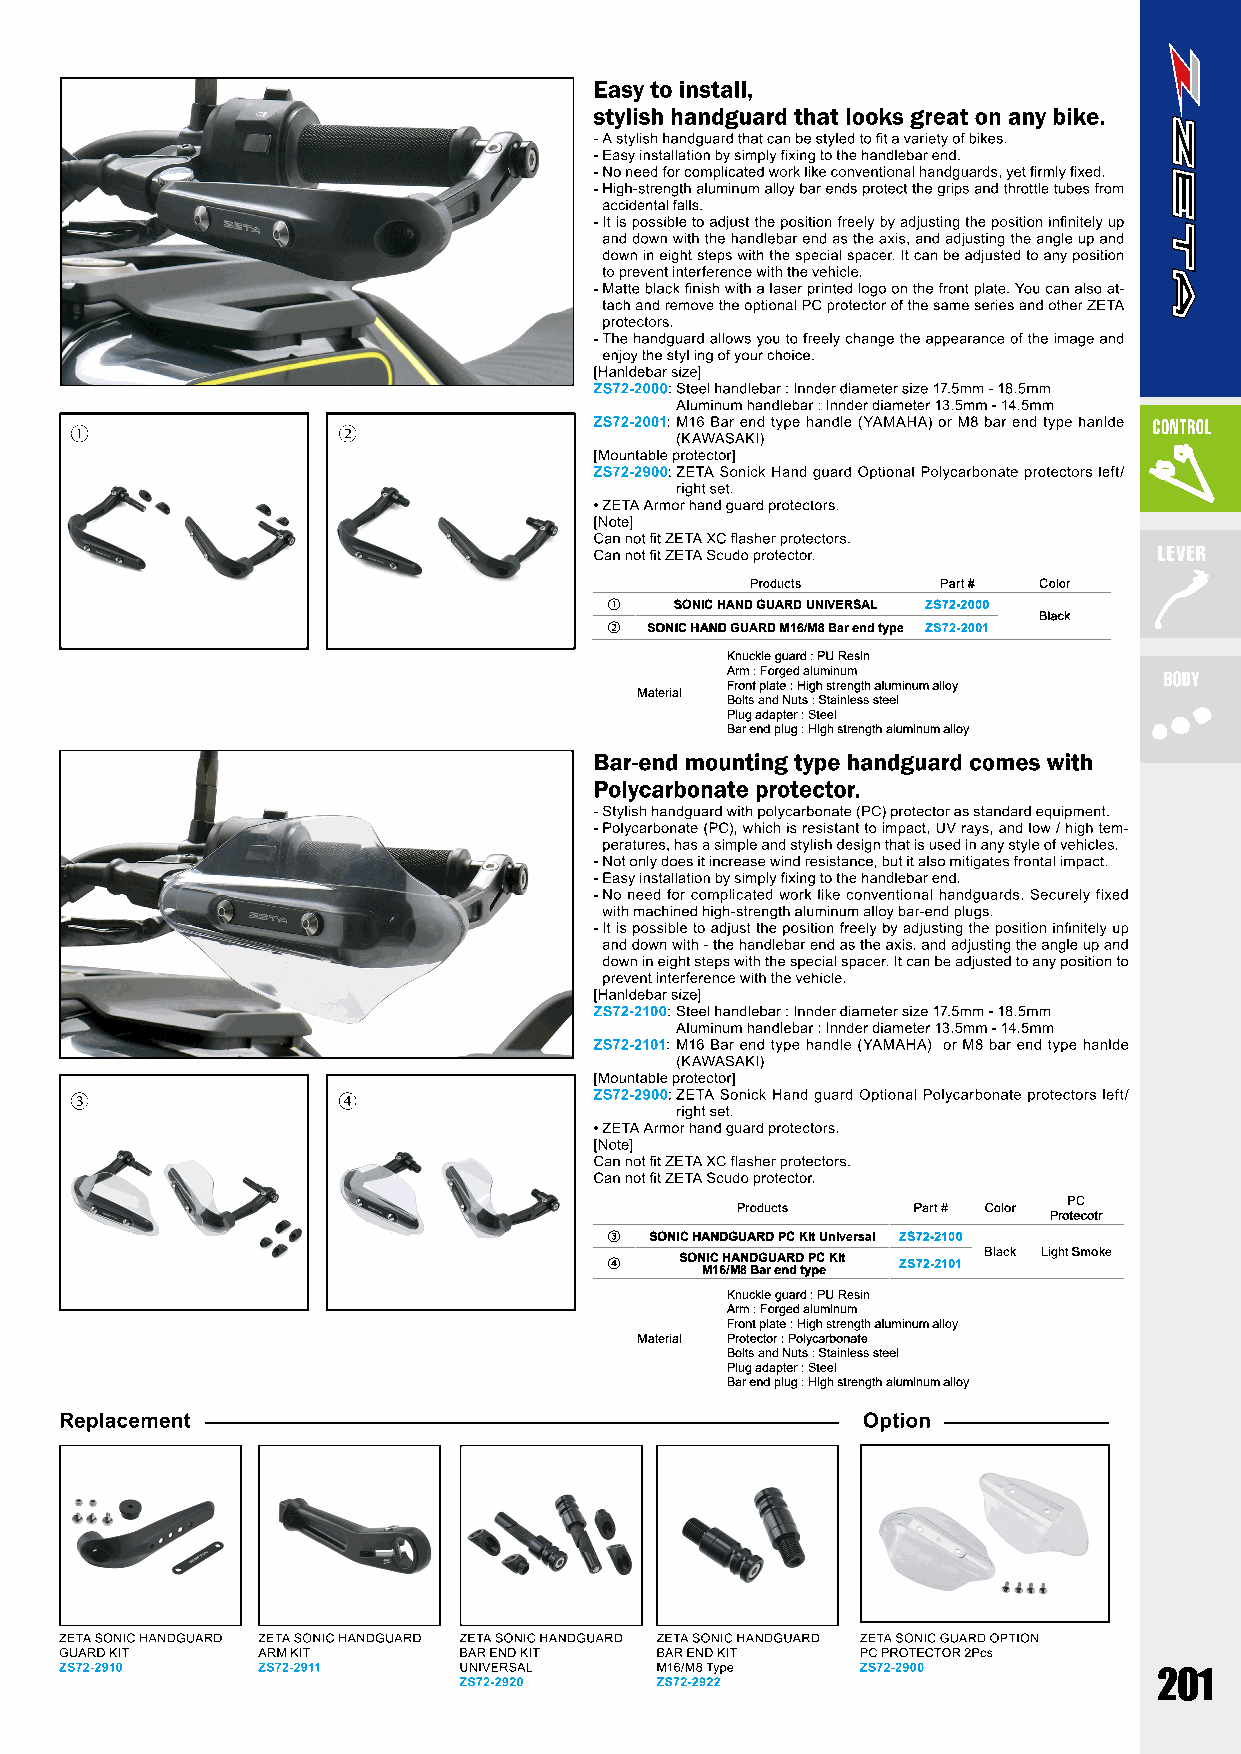
Products    Part # Color
 ①    SONIC HAND GUARD UNIVERSAL ZS72-2000
 Black
 ②  SONIC HAND GUARD M16/M8 Bar end type ZS72-2001
 Knuckle guard : PU Resin
 Arm : Forged aluminum
 Front plate : High strength aluminum alloy
 Material
 Bolts and Nuts : Stainless steel
 Plug adapter : Steel
 Bar end plug : High strength aluminum alloy
 PC
 Products   Part # Color
 Protecotr
 ③  SONIC HANDGUARD PC Kit Universal ZS72-2100
 ④    SON MIC 1 6H /MA 8N D BG arU eA nR dD t yP pC e Kit ZS72-2101 Black Light Smoke
 Knuckle guard : PU Resin
 Arm : Forged aluminum
 Front plate : High strength aluminum alloy
 Material Protector : Polycarbonate
 Bolts and Nuts : Stainless steel
 Plug adapter : Steel
 Bar end plug : High strength aluminum alloy